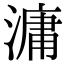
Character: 滽